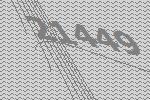
21449